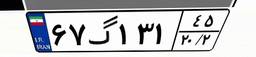
۰۱گ۶۴۵۱۰